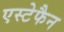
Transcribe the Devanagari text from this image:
एस्टेफैन